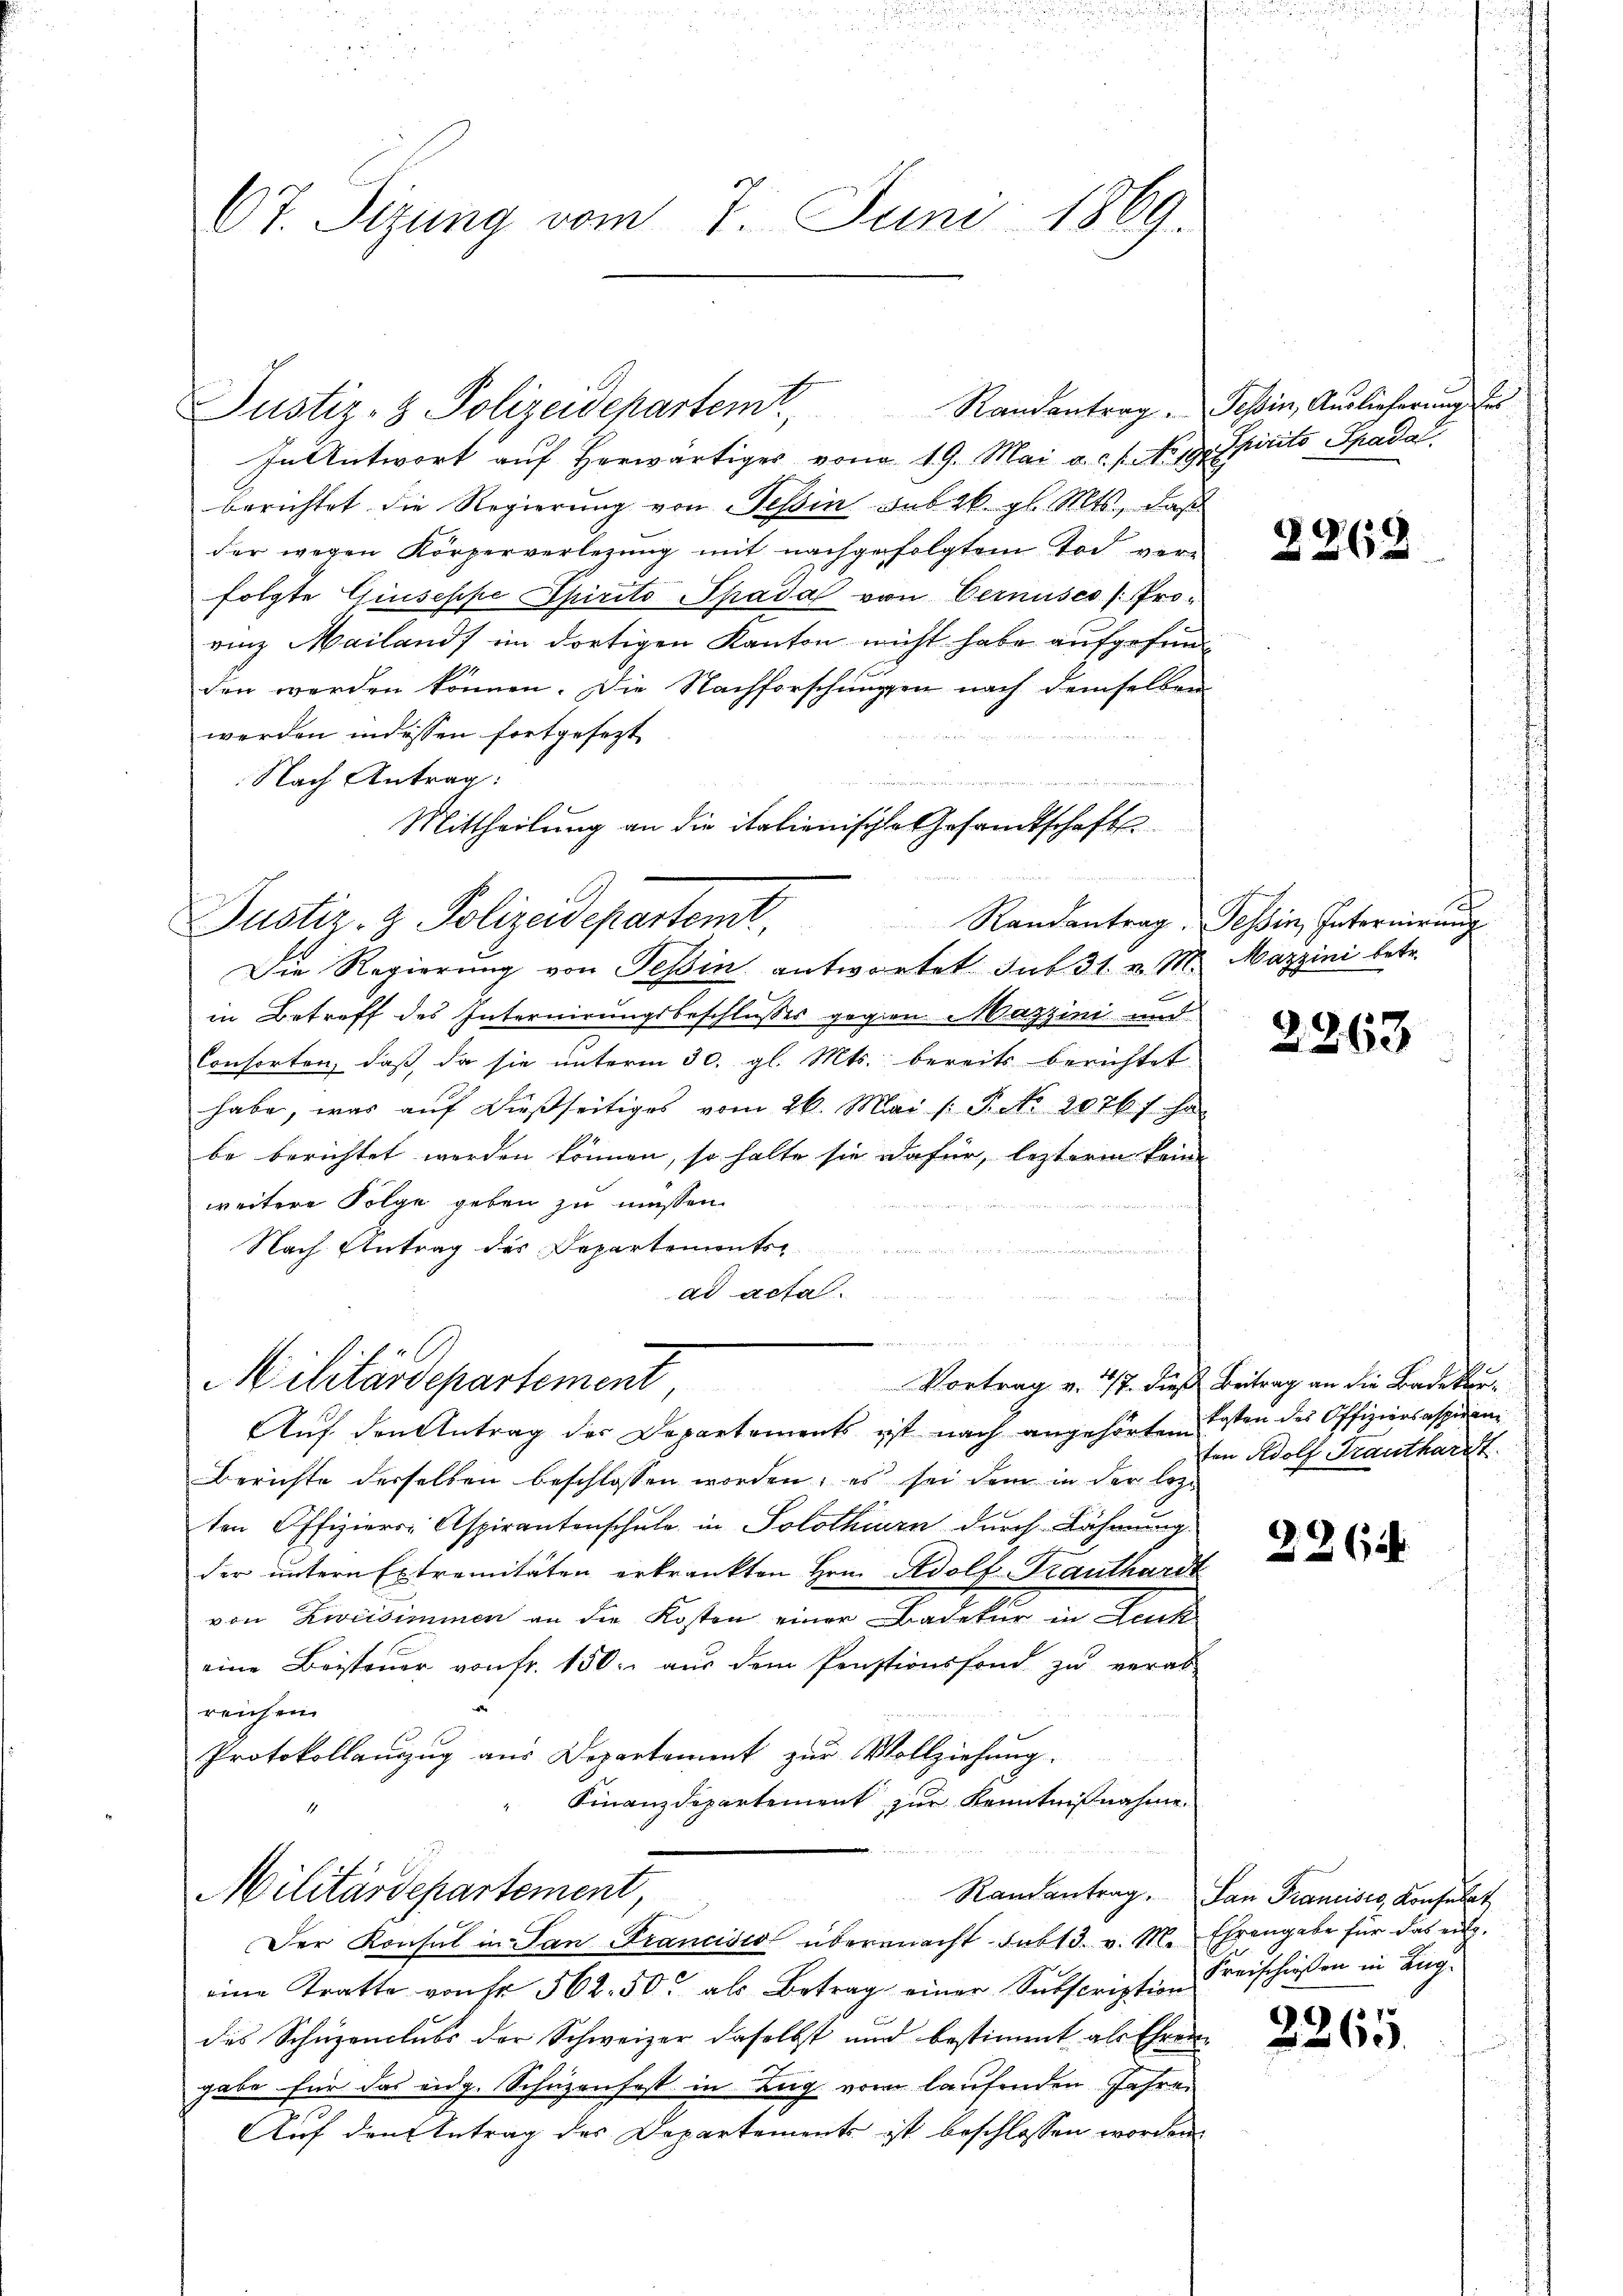
67. Sizung vom 7. Juni 1869.

In Antwort auf herwärtiger von 19. Mai a. f. No. 19. Spirito Spada
berichtet die Regierung von Tessin sub 26. gl. Mts., daß
der wegen Körperverlegung mit nachgefolgtem Tod verfolgte Giuseppe Epirito Spada von Vernuses (Prorinz Mailands im dortigen Kanton nicht habe aufgefunden werden können. Die Nachforschungen nach demselben
werden in dessen fortgesezt.
Nach Antrag:
n
Mittheilung an die italienische Gesamtschafts
Justiz- & Polizeidepartemt, Randantrag Tessin, Intermierŭng
Die Regierung von Tessin antwortet. sub 31. v. M.
in Betreff des Internirungsbeschlusses gegen Mazzini und
Consorten, daß, da sie unterm 30. gl. Mts. bereits berichtet
habe, was auf dießseitiges vom 26. Mai /: P. Nr. 2076 f. ha
be berichtet werden können, so halte sie dafür, lezteren keine
weitere Folge geben zu müssen.
Nach Antrag des Departements-
u
ad acta.
n
t

Justiz- & Polizeidepartem Randantrag. Tessin, Auslieferung des

Militärdepartement

Auf den Antrag der Departements ist nach angehörtem
Berichte derselben beschlossen worden; es sei dem in der lezt
ten Offiziers-Aspirantenschule in Solothurn durch Lähmung
der untern Extremitäten erkrankten Hrn. Adolf Trauthardt
von Zweidiminen an die Kosten einer Badetur in Leuk
eine Beisteuer von fr. 150. aus dem Pensionsfond zu verabreichen
Protokollauszug aus Departement zur Vollziehung.
Finanzdepartement zur Kenntnißnahme
Militärdepartement,
Der Konsul in San Francisco übermacht subt3. v. M. Ehrengabe für das eigeine Tratte von Fr. 562. 50. als Betrag einer Subscription Kreischießen in Ligdes Schuzenlubs der Schweizer daselbst und bestimmt als Ehren
gabe für das eidg. Schüzenfest in Zug vom laufenden Jahre
Auf den Antrag des Departements ist beschlossen worden.

3263

Mazzini betr.

2263

Vortrag v. 17. dieß Beitrag an die Badekurkosten des Offiziersaspiranz
ten Adolf Frauthardt.

2262

Randantrag. San Francises, Konsulat

2265